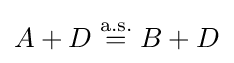
A+D\;{\stackrel {\text{a.s.}}{=}}\;B+D